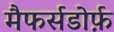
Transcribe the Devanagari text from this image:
मैफर्सडोर्फ़